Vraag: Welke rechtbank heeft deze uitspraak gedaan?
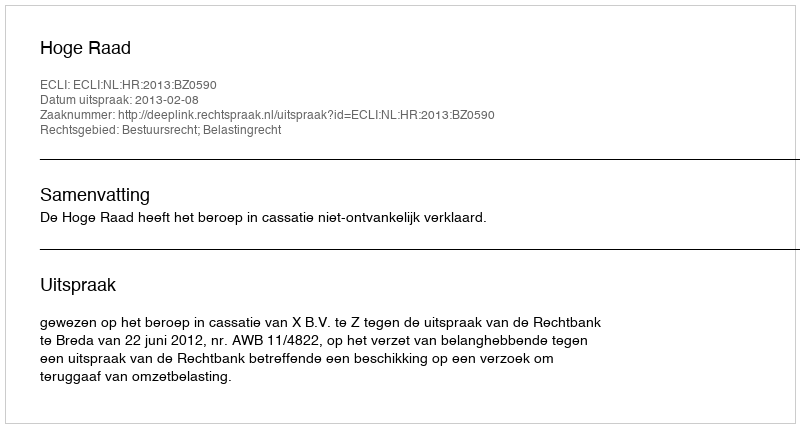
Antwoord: Hoge Raad